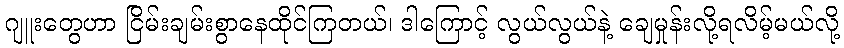
ဂျူးတွေဟာ ငြိမ်းချမ်းစွာနေထိုင်ကြတယ်၊ ဒါကြောင့် လွယ်လွယ်နဲ့ ချေမှုန်းလို့ရလိမ့်မယ်လို့